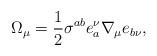
LaTeX: \begin{align*}\Omega_\mu=\frac{1}{2}\sigma^{ab}e^\nu_a\nabla_\mu e_{b\nu},\end{align*}